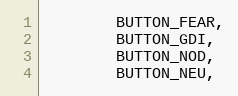
Language: C++
		BUTTON_FEAR,
		BUTTON_GDI,
		BUTTON_NOD,
		BUTTON_NEU,